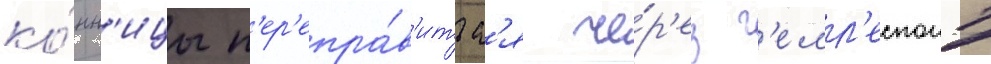
ко́нн'ицы п'ер'епра́в'итьс'я че́р'ез г'елл'еспонт